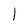
Character: I